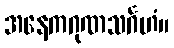
အနေကဂုဏသင်္ဂဟံ။